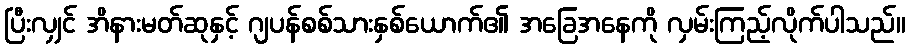
ပြီးလျှင် အိနားမတ်ဆုနှင့် ဂျပန်စစ်သားနှစ်ယောက်၏ အခြေအနေကို လှမ်းကြည့်လိုက်ပါသည်။